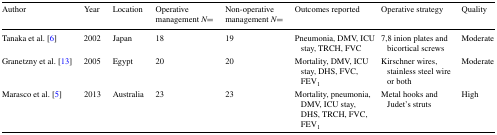
| Author | Year | Location | Operative management N= | Non-operative management N= | Outcomes reported | Operative strategy | Quality |
 | --- | --- | --- | --- | --- | --- | --- | --- |
 | Tanaka et al. [6] | 2002 | Japan | 18 | 19 | Pneumonia, DMV, ICU stay, TRCH, FVC | 7,8 inion plates and bicortical screws | Moderate |
 | Granetzny et al. [13] | 2005 | Egypt | 20 | 20 | Mortality, DMV, ICU stay, DHS, FVC, FEV1 | Kirschner wires, stainless steel wire or both | Moderate |
 | Marasco et al. [5] | 2013 | Australia | 23 | 23 | Mortality, pneumonia, DMV, ICU stay, DHS, TRCH, FVC, FEV1 | Metal hooks and Judet’s struts | High |